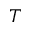
T